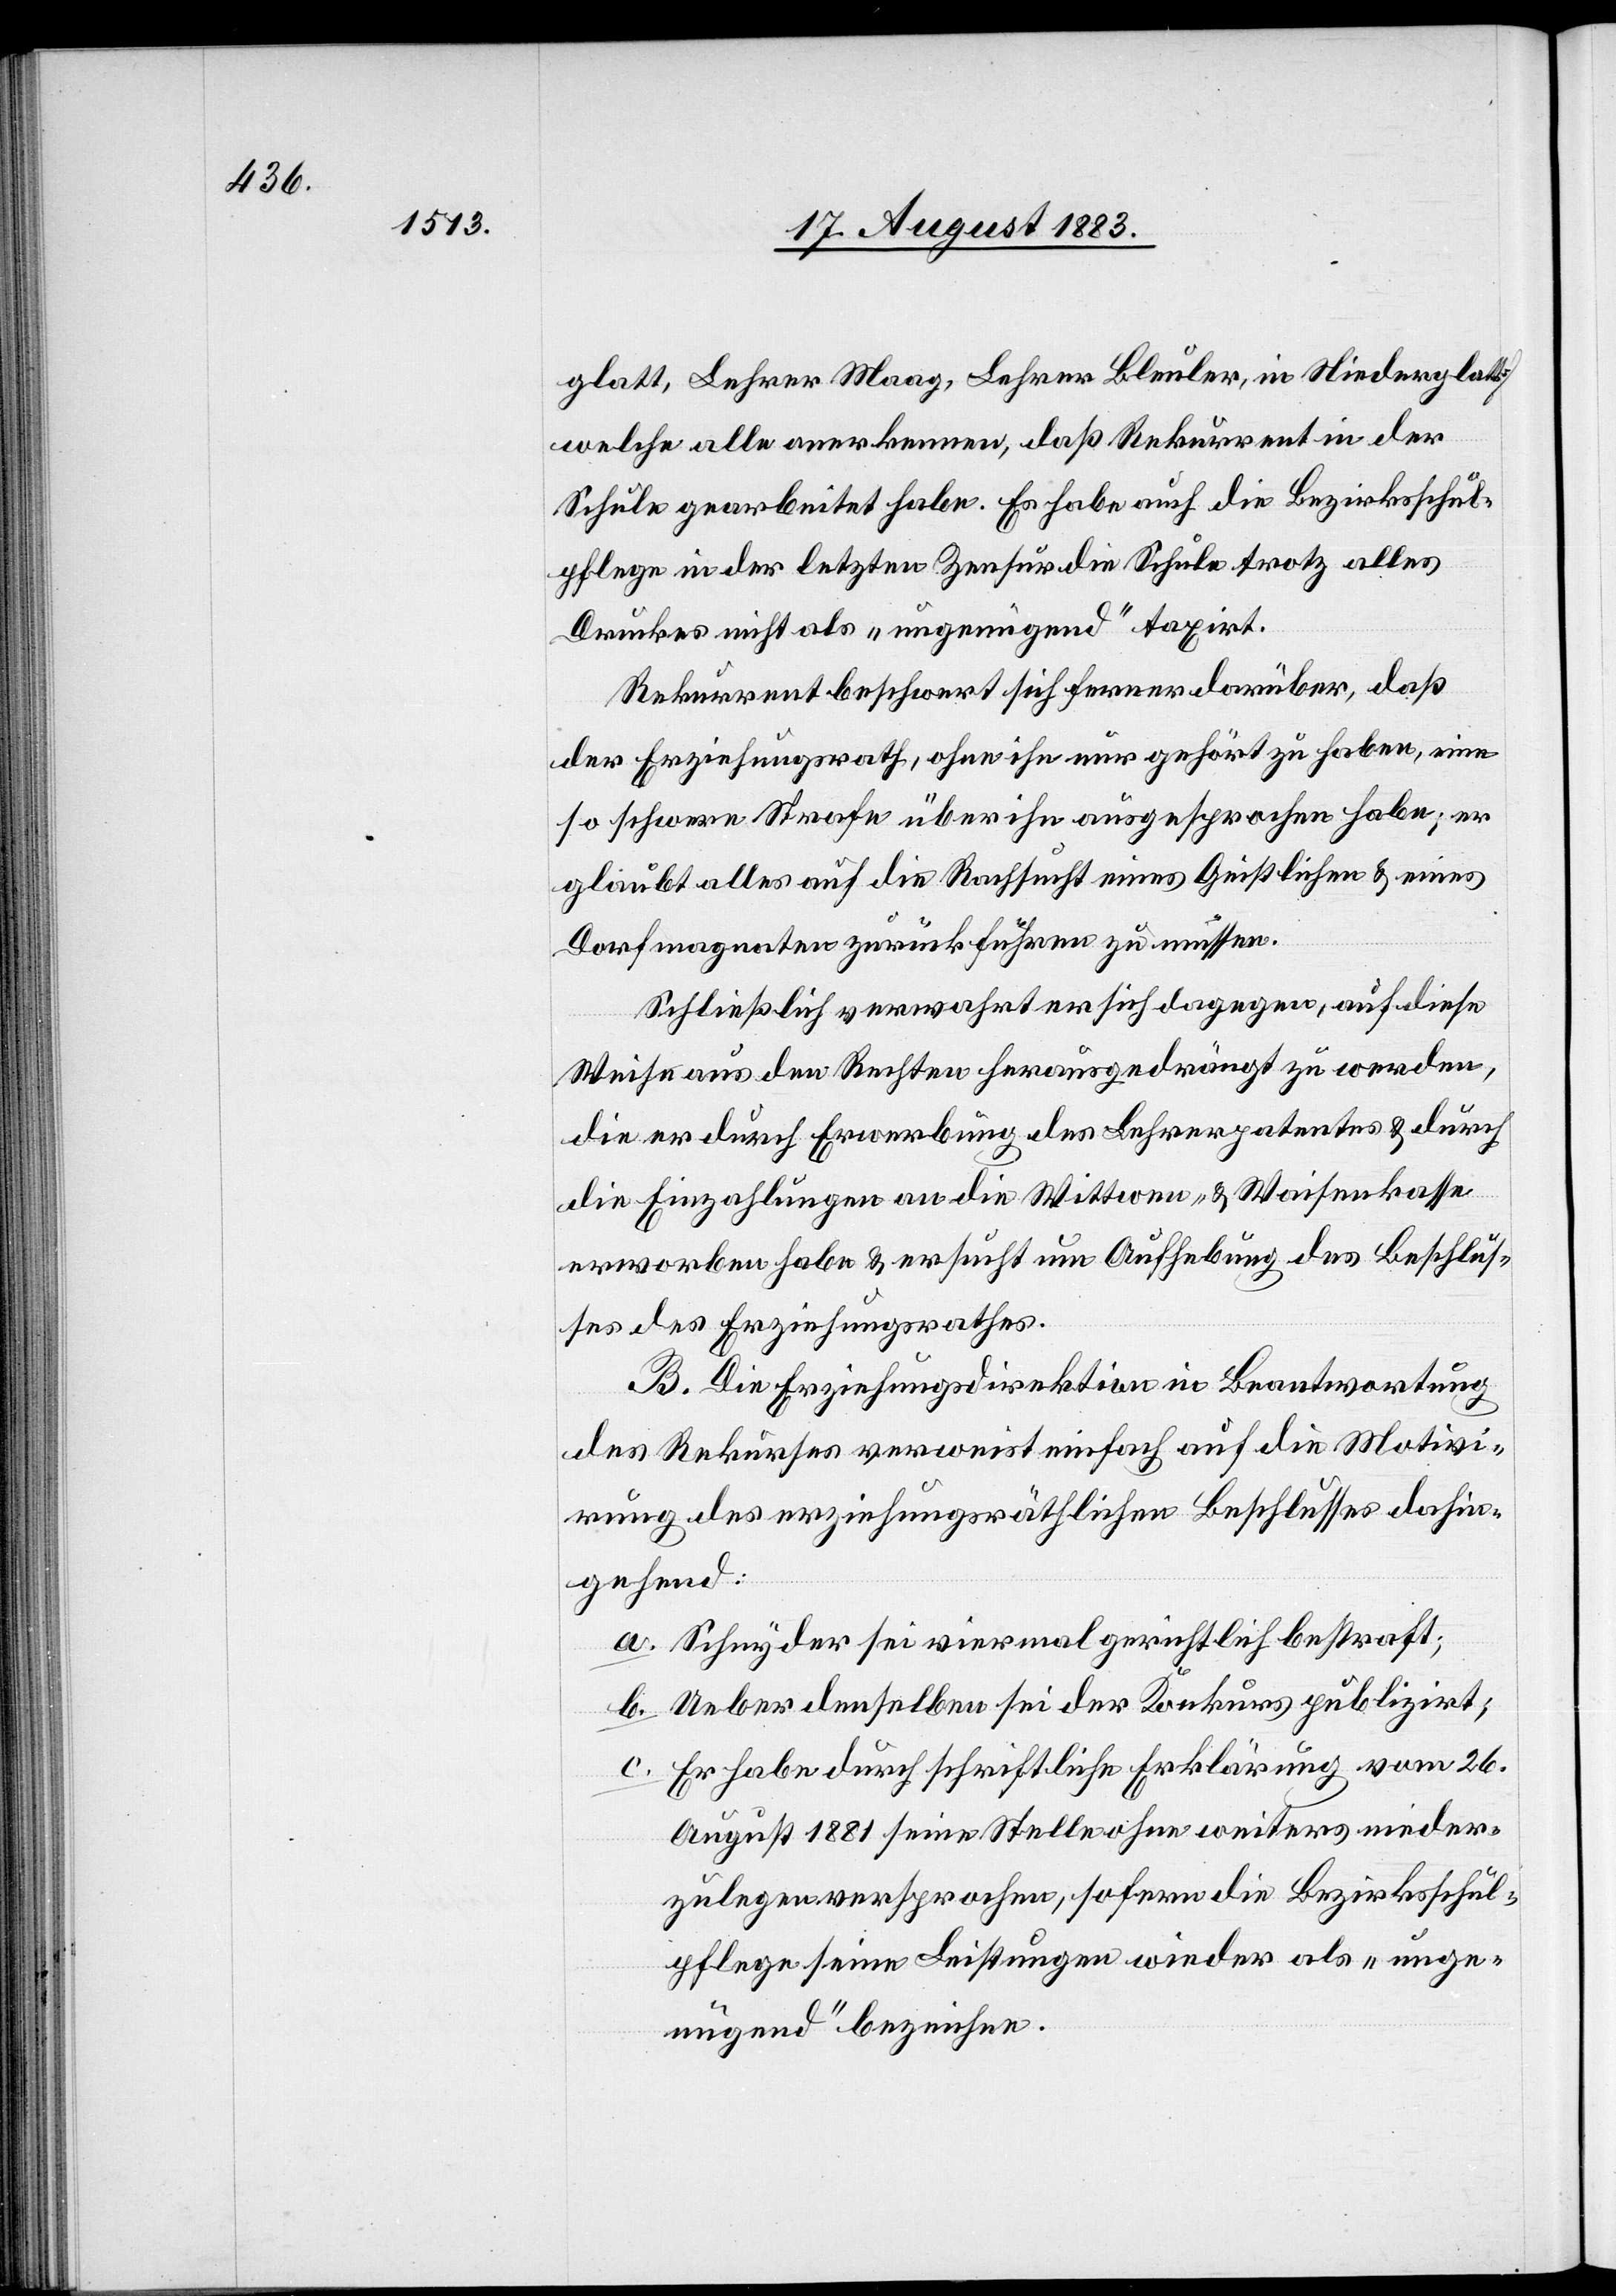
glatt, Lehrer Maag, Lehrer Beuler, in Niederglatt]
welche alle anerkennen, daß Rekurrent in der
Schule gearbeitet habe. Es habe auch die Bezirksschul¬
pflege in der letzten Zensur die Schule trotz alles
Druckes [sic!] nicht als „ungenügend“ taxirt.
Rekurrent beschwert sich ferner darüber, daß
der Erziehungsrath, ohne ihn nur gehört zu haben, eine
so schwere Strafe über ihn ausgesprochen habe; er
glaubt alles auf die Rachsucht eines Geistlichen & eines
Dorfmagnaten zurückführen zu müssen.
Schließlich verwahrt er sich dagegen, auf diese
Weise aus den Rechten herausgedrängt zu werden,
die er durch Erwerbung des Lehrerpatentes & durch
die Einzahlungen an die Wittwen- & Waisenkasse
erworben habe & ersucht um Aufhebung des Beschlus¬
ses des Erziehungsrathes.
B. Die Erziehungsdirektion in Beantwortung
des Rekurses verweist einfach auf die Motivi¬
rung des erziehungsräthlichen Beschlusses dahin¬
gehend:
a. Schnyder sei viermal gerichtlich bestraft;
b. Ueber denselben sei der Konkurs publizirt;
c. Er habe durch schriftliche Erklärung vom 26.
August 1881 seine Stelle ohne weiters nieder¬
zulegen versprochen, sofern die Bezirksschul¬
pflege seine Leistungen wieder als „unge¬
nügend“ bezeichne.